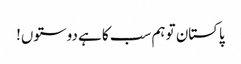
پاکستان تو ہم سب کا ہے دوستوں!